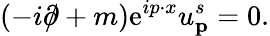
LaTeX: (-i\partial\! \! \! /+m)\mathrm{e}^{ip\cdot x}u_{\textbf{p}}^{s}=0.